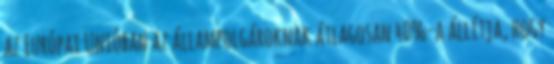
az Európai Unióban az állampolgároknak átlagosan 40%-a állítja, hogy